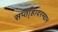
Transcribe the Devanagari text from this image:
सप्ता्हादरम्यान